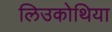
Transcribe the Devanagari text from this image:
लिउकोथिया